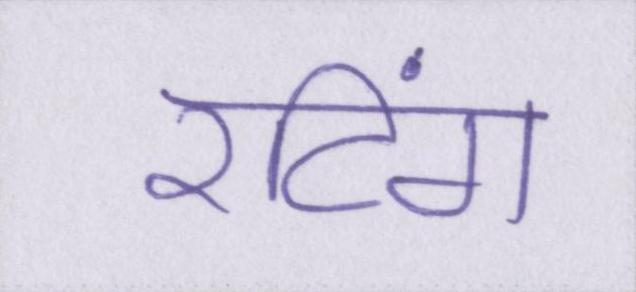
रटिंग